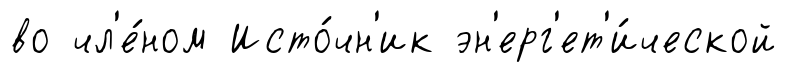
во чл'е́ном Исто́чн'ик эн'ерг'ет'и́ческой